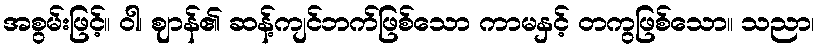
အစွမ်းဖြင့်။ ဝါ၊ ဈာန်၏ ဆန့်ကျင်ဘက်ဖြစ်သော ကာမနှင့် တကွဖြစ်သော။ သညာ၊